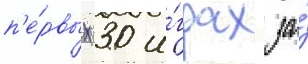
п'е́рвых 30 и́грах за́